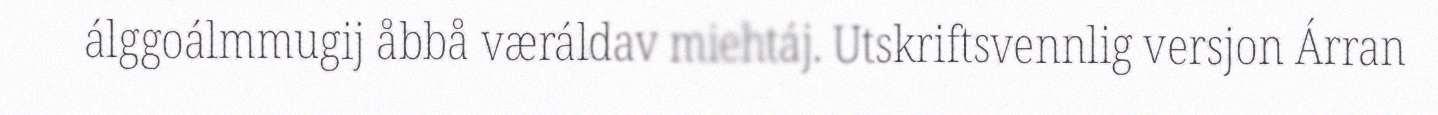
álggoálmmugij åbbå væráldav miehtáj. Utskriftsvennlig versjon Árran